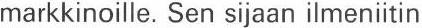
markkinoille. Sen sijaan ilmeniitin